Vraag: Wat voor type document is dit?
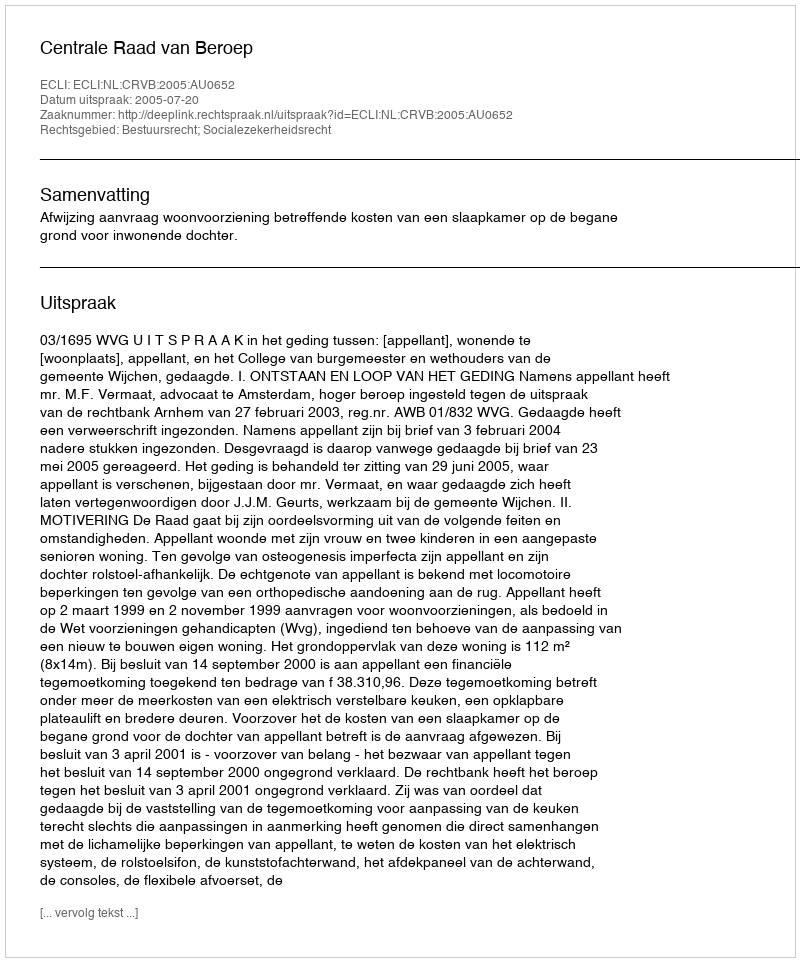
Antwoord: Uitspraak